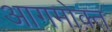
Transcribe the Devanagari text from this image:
आगमोक्त